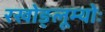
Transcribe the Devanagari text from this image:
रखोङ्लूम्योः